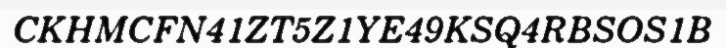
CKHMCFN41ZT5Z1YE49KSQ4RBSOS1B